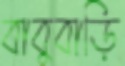
বাবুবাড়ি